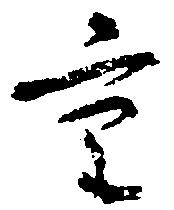
重